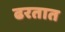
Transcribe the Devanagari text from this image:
ढरतात